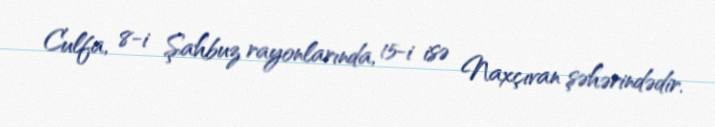
Culfa, 8-i Şahbuz rayonlarında, 15-i isə Naxçıvan şəhərindədir.